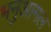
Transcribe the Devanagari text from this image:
भनुआमल